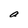
Character: a